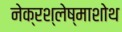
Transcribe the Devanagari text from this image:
नेक्रश्लेष्माशोथ